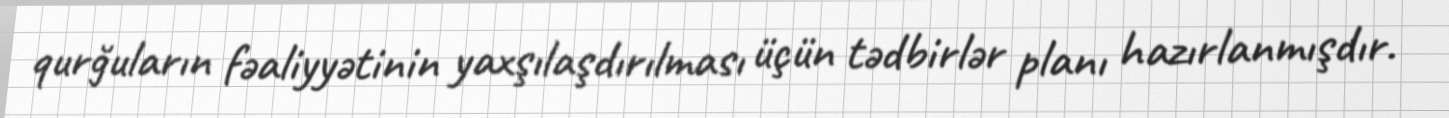
qurğuların fəaliyyətinin yaxşılaşdırılması üçün tədbirlər planı hazırlanmışdır.